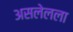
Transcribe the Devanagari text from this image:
असलेलला